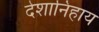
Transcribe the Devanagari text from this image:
देशानिहाय